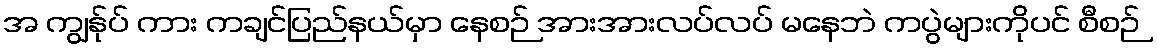
အ ကျွန်ုပ် ကား ကချင်ပြည်နယ်မှာ နေစဉ် အားအားလပ်လပ် မနေဘဲ ကပွဲများကိုပင် စီစဉ်